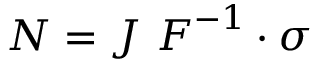
{ \boldsymbol { N } } = J ~ { \boldsymbol { F } } ^ { - 1 } \cdot { \boldsymbol { \sigma } }